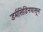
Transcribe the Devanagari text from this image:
डर्मसिडिनपासून